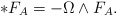
\begin{align*}*F_A = - \Omega \wedge F_A.\end{align*}